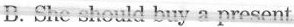
B.She should buy a present.